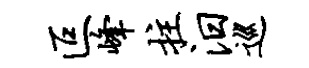
叵峰拄汨巡